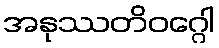
အနုဿတိဝဂ္ဂေါ